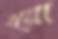
এয়ো